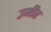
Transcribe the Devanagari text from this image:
उमीर